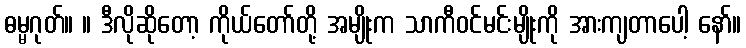
ဓမ္မဂုတ်။ ။ ဒီလိုဆိုတော့ ကိုယ်တော်တို့ အမျိုးက သာကီဝင်မင်းမျိုးကို အားကျတာပေါ့ နော်။